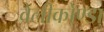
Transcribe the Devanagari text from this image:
वेलीकोण्डा